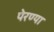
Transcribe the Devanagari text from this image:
पेरण्या